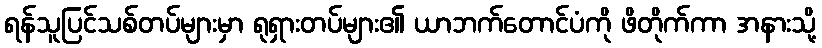
ရန်သူပြင်သစ်တပ်များမှာ ရုရှားတပ်များ၏ ယာဘက်တောင်ပံကို ဖိတိုက်ကာ အနားသို့